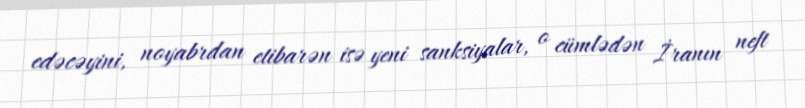
edəcəyini, noyabrdan etibarən isə yeni sanksiyalar, o cümlədən İranın neft